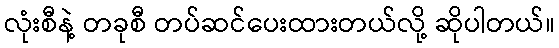
လုံးစီနဲ့ တခုစီ တပ်ဆင်ပေးထားတယ်လို့ ဆိုပါတယ်။